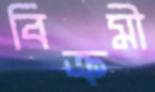
বিক্রমী